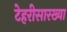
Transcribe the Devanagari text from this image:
टेहरीसारख्या